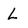
Character: L